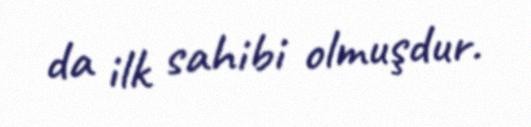
da ilk sahibi olmuşdur.